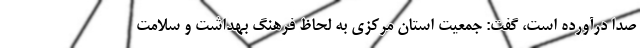
صدا درآورده است، گفت: جمعیت استان مرکزی به لحاظ فرهنگ بهداشت و سلامت